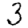
Digit: 3